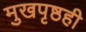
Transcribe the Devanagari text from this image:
मुखपृष्ठही